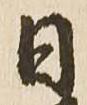
日